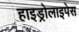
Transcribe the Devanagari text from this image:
हाइड्रोलाइपेस